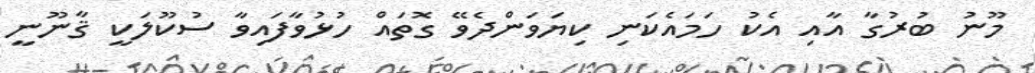
މޫނު ބުރުގާ އާއި އެކު ހަމައެކަނި ކިޔަވަންދެވޭ ގޮތައް ހުޅުވާފައިވާ ސުކޫލަކީ ޤާނޫނީ